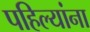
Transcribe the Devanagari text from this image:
पहिल्यांना